Annual report on the Civil Veterinary Department, Burma (including the Insein Veterinary School) - 1932-1941
Year: 1932
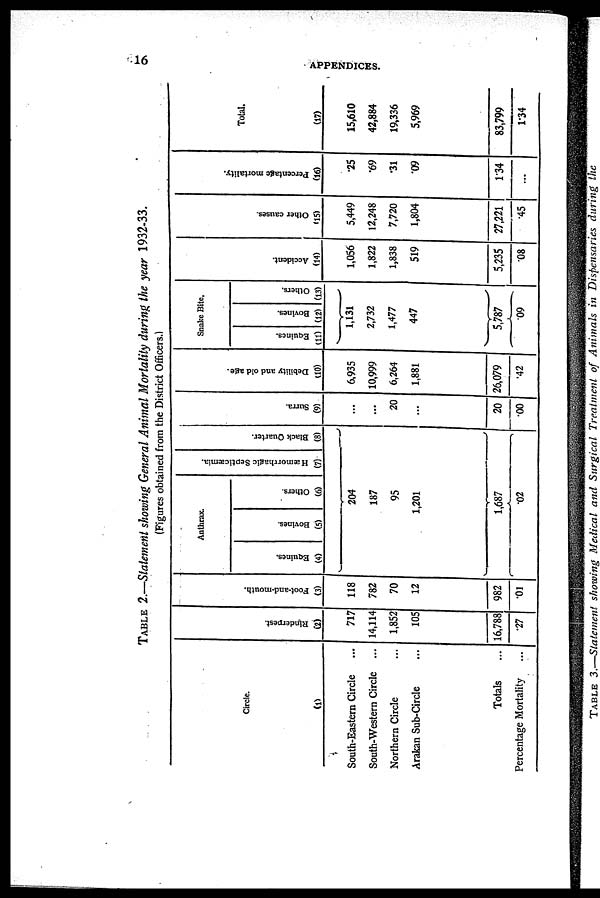
16
APPENDICES.
TABLE 2.—Statement showing General Animal Mortality during the year 1932-33.
(Figures obtained from the District Officers.)
Circle.
(1)
South-Eastern Circle ...
South-Western Circle ...
Northern Circle ...
Arakan Sub-Circle ...
Totals ...
Percentage Mortality ...
Rinderpest.
(2)
717
14,114
1,852
105
16,788
.27
Foot- a nd- mouth.
(3)
118
782
70
12
982
.01
Anthrax.
Equines.
(4)
Bovines.
(5)
Others.
(6)
Hæmorrhagic Septicæmia.
(7)
Bl ack Quarter.
(8)
204
187
95
1,201
1,687
.02
Sur r a.
(9)
...
...
20
...
20
.00
Debi l
i
t
y and old age.
(10)
6,935
10,999
6,264
1,881
26,079
.42
Snake Bite.
Equines.
(11)
Bovines.
(12)
Others.
(13)
1,131
2,732
1,477
447
5,787
.09
Ac c i
de nt .
(14)
1,056
1,822
1,838
519
5,235
08
Ot her causes.
(15)
5,449
12,248
7,720
1,804
27,221
.45
Pe r
c e nt a ge mortality.
(16)
.25
.69
.31
.09
1.34
...
Total.
(17)
15,610
42,884
19,336
5,969
83,799
1.34